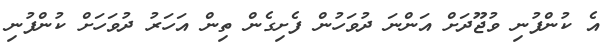
އެ ކުންފުނި ވުޖޫދަށް އަންނަ ދުވަހުން ފެށިގެން ތިން އަހަރު ދުވަހަށް ކުންފުނި